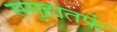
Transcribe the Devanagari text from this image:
समुहातर्फे